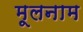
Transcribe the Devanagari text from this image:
मूलनाम